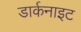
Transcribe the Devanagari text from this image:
डार्कनाइट